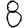
Digit: 8